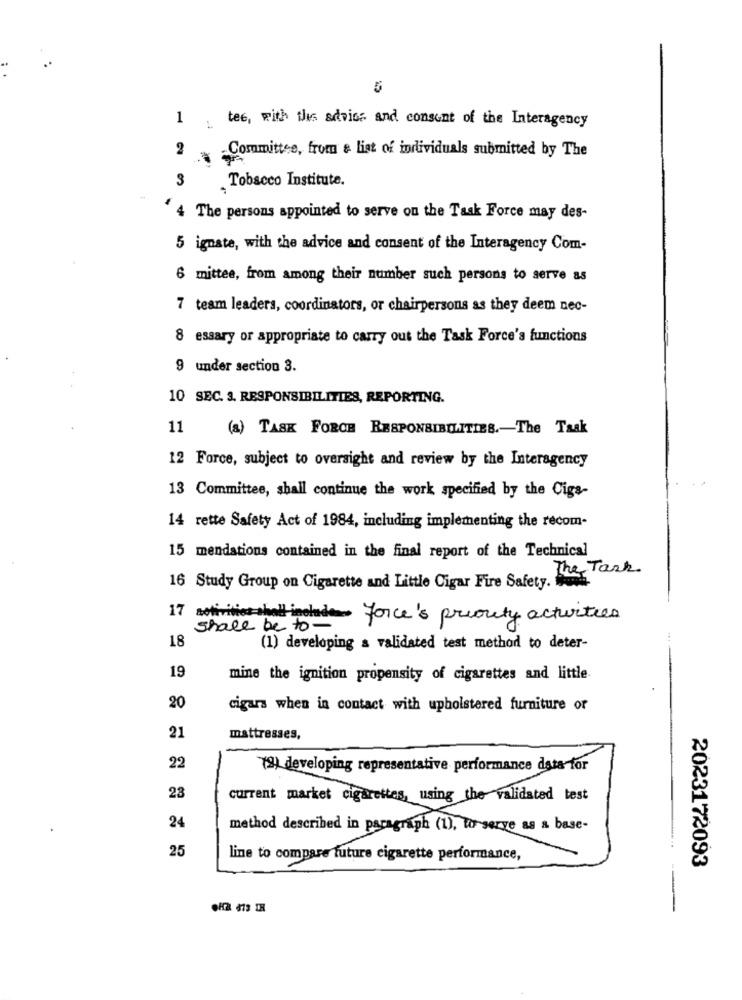
1
tee, with this adviss and consent of the Interagency
2
-Committee, from & list of individuals submitted by The
3
Tobacco Institute.
4 The persons appointed to serve on the Task Force may des-
5 ignate, with the advice and consent of the Interagency Com-
6 mittee, from among their number such persons to serve as
7 team leaders, coordinators, or chairpersons as they deem nec-
8 essary or appropriate to carry out the Task Force's functions
9 under section 3.
10 SEC. 3. RESPONSIBILITIES, REPORTING.
11
(a) TASK FORCE RESPONSIBILITIES .- The Taak
12 Force, subject to oversight and review by the Interagency
13 Committee, shall continue the work specified by the Cigs-
14 rette Safety Act of 1984, including implementing the recom-
15 mendations contained in the final report of the Technical
The Task.
16 Study Group on Cigarette and Little Cigar Fire Safety. ..
IT sotivities shalt includes Force's priority activities
shall be to -
18
(1) developing a validated test method to deter-
19
mine the ignition propensity of cigarettes and little
20
cigars when in contact with upholstered furniture or
21
mattresses,
22
(9) developing representative performance data for
23
current market cigarettes, using the validated test
24
method described in paragraph (1), to serve as a base-
25
line to compare future cigarette performance,
2023172093